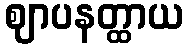
ဈာပနတ္ထာယ